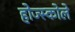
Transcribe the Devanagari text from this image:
होज्स्कोले